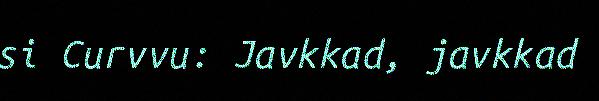
si Curvvu: Javkkad, javkkad